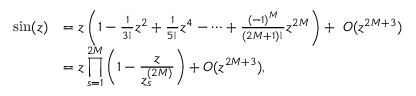
\begin{array} { r l } { \sin ( z ) } & { = z \left( 1 - \frac { 1 } { 3 ! } z ^ { 2 } + \frac { 1 } { 5 ! } z ^ { 4 } - \cdots + \frac { ( - 1 ) ^ { M } } { ( 2 M + 1 ) ! } z ^ { 2 M } \right) + ~ { \cal O } ( z ^ { 2 M + 3 } ) } \\ & { \displaystyle = z \prod _ { s = 1 } ^ { 2 M } \left( 1 - \frac { z } { z _ { s } ^ { ( 2 M ) } } \right) + { \cal O } ( z ^ { 2 M + 3 } ) , } \end{array}